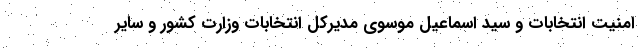
امنیت انتخابات و سید اسماعیل موسوی مدیرکل انتخابات وزارت کشور و سایر